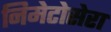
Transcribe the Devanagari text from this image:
निमेटोसेरा